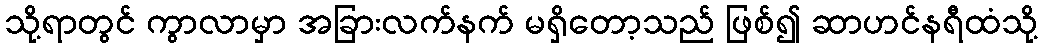
သို့ရာတွင် ကွာလာမှာ အခြားလက်နက် မရှိတော့သည် ဖြစ်၍ ဆာဟင်နရီထံသို့